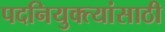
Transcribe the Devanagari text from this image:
पदनियुक्त्यांसाठी